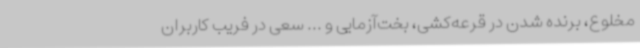
مخلوع، برنده شدن در قرعه‌کشی، بخت‌آزمایی و ... سعی در فریب کاربران